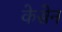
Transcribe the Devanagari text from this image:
केसेन